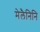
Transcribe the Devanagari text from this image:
मेलैनिनि